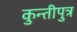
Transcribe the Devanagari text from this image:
कुन्तीपुत्र